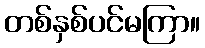
တစ်နှစ်ပင်မကြာ။